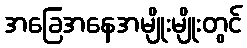
အခြေအနေအမျိုးမျိုးတွင်